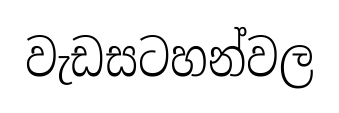
වැඩසටහන්වල